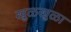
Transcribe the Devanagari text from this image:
खुळखुळा